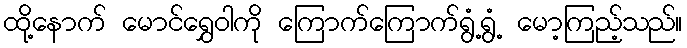
ထို့နောက် မောင်ရွှေဝါကို ကြောက်ကြောက်ရွံ့ရွံ့ မော့ကြည့်သည်။